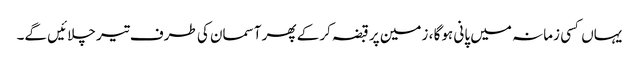
یہاں کسی زمانہ میں پانی ہوگا ، زمین پر قبضہ کرکے پھر آسمان کی طرف تیر چلائیں گے۔